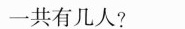
一共有几人？